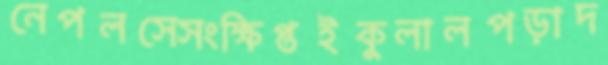
নেপলসেসংক্ষিপ্তইকুলালপড়াদ